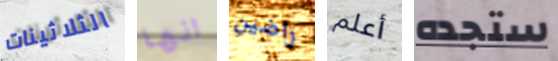
الثلاثينات انها راضين أعلم ستجده